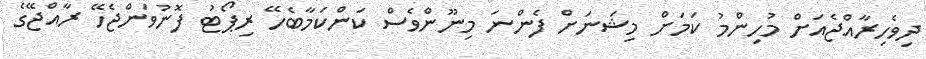
ދިވެހިރާއްޖެއަށް މުހިންމު ކަމަށް މިޝަނަށް ފެންނަ މިނޫންވެސް ކަންކަމާބެހޭ ރިޕޯޓު ފޮނުވަންޖެހޭ ރާއްޖޭގެ